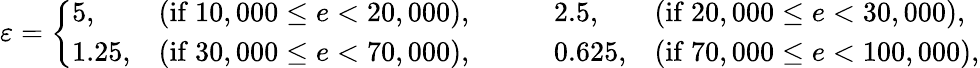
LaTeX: \begin{array}{r}{\varepsilon=\left\{ \begin{array}{llll}{5,}&{\mathrm{(if~}10,000\leq e<20,000\mathrm{)},\qquad}&{2.5,}&{\mathrm{(if~}20,000\leq e<30,000\mathrm{)},}\\ {1.25,}&{\mathrm{(if~}30,000\leq e<70,000\mathrm{)},\qquad}&{0.625,}&{\mathrm{(if~}70,000\leq e<100,000\mathrm{)},}\end{array}\right.}\end{array}